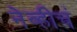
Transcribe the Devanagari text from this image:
नेव्हीचं